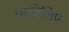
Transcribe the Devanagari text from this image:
पत्तबेलिए